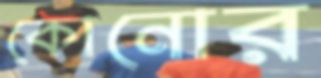
কোনোর